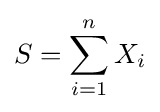
S=\sum _{i=1}^{n}X_{i}